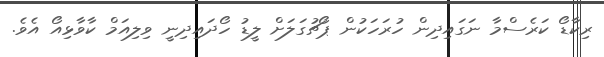
ރިކާޑޯ ކަރެސްމާ ނަގައިދިން ހުރަހަކުން ޕޯޗުގަލަށް ލީޑު ހޯދައިދިނީ ވިލިއަމް ކާވާޅިއޯ އެވެ.